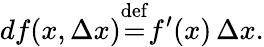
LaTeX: df(x,\Delta x){\stackrel{\mathrm{def}}{=}}f^{\prime}(x)\, \Delta x.